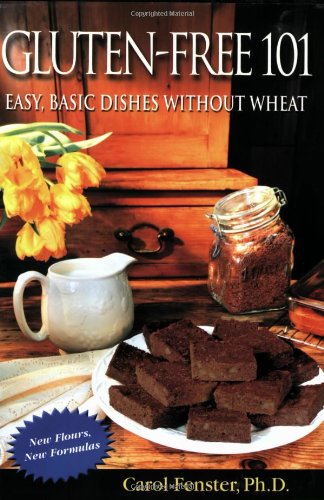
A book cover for Gluten-Free 101: Easy, Basic Dishes Without Wheat; Carol Fenster; Cookbooks, Food & Wine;